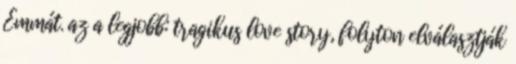
Emmát. az a legjobb: tragikus love story, folyton elválasztják